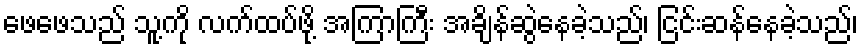
ဖေဖေသည် သူ့ကို လက်ထပ်ဖို့ အကြာကြီး အချိန်ဆွဲနေခဲ့သည်၊ ငြင်းဆန်နေခဲ့သည်၊